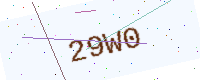
Text: 29W0